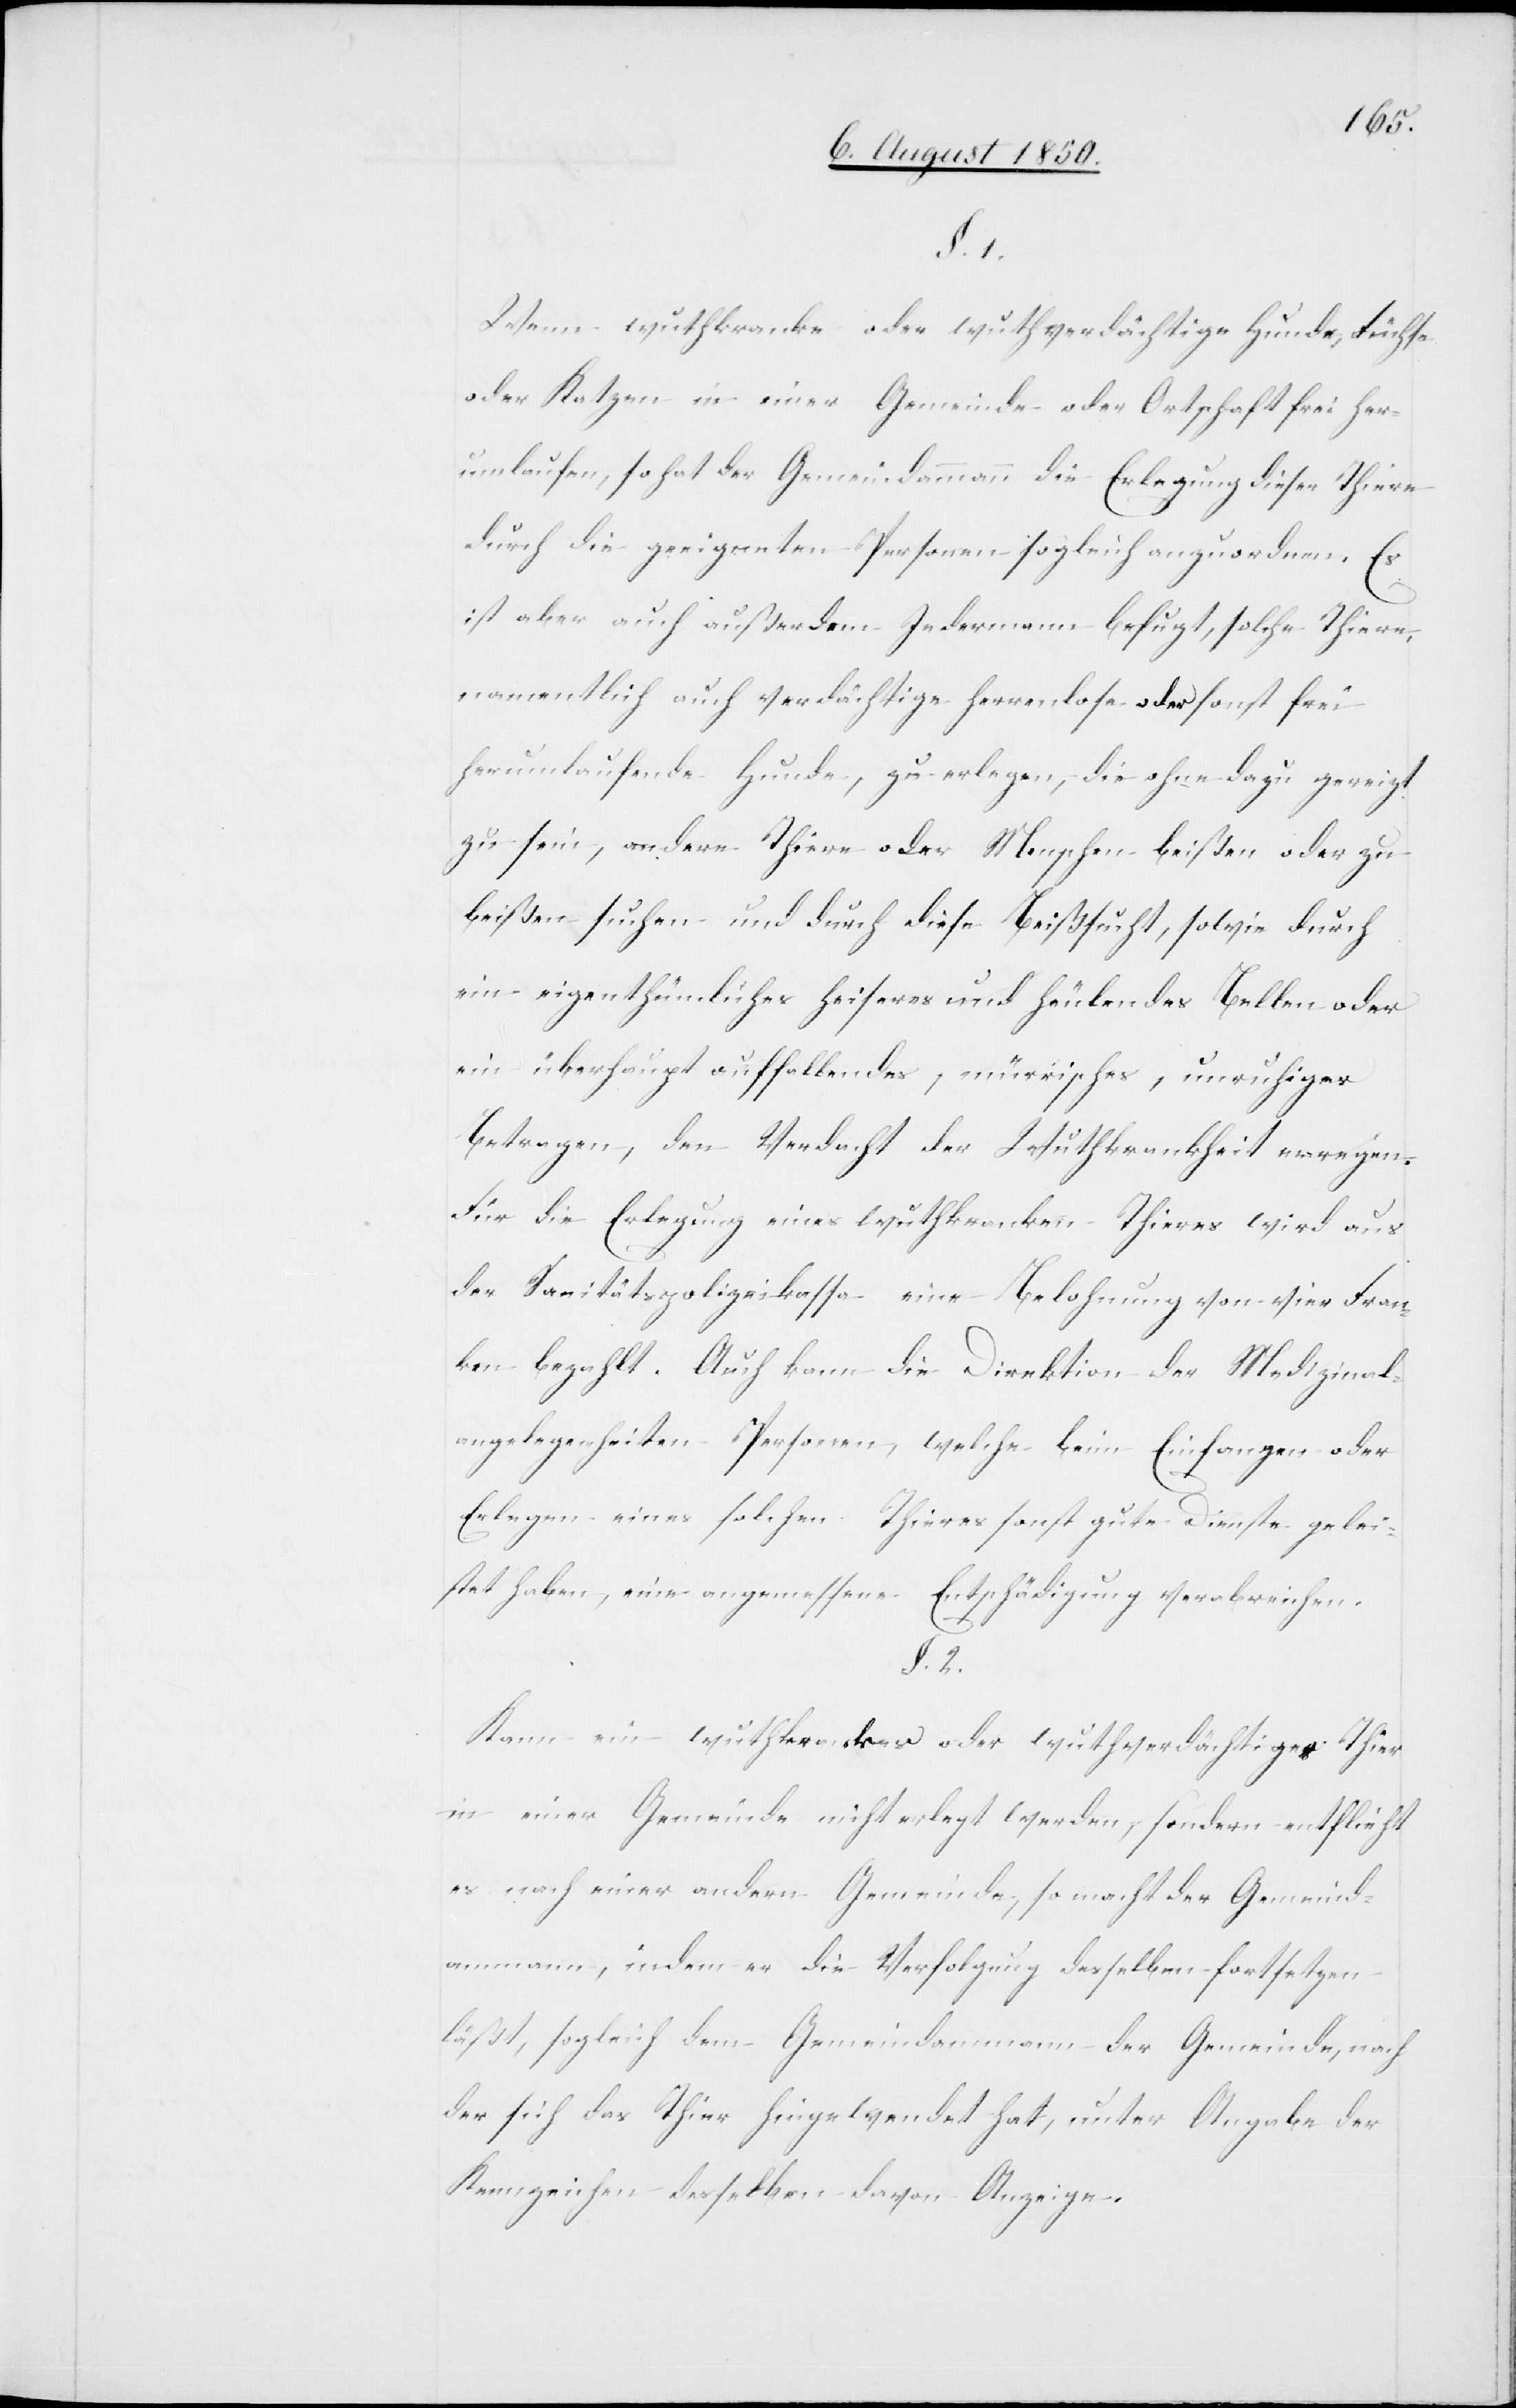
§. 1.
Wenn wuthkranke oder wuthverdächtige Hunde, Füchse
oder Katzen in einer Gemeinde oder Ortschaft frei her¬
umlaufen, so hat der Gemeindammann die Erlegung dieser Thiere
durch die geeigneten Personen sogleich anzuordnen. Es
ist aber auch außerdem Jedermann befugt, solche Thiere,
namentlich auch verdächtige herrenlose oder sonst frei
herumlaufende Hunde, zu erlegen, die ohne dazu gereizt
zu sein, andere Thiere oder Menschen beißen oder zu
beißen suchen und durch diese Beißsucht, sowie durch
ein eigenthümliches heiseres und heulendes Bellen oder
ein überhaupt auffallendes, mürrisches, unruhiges
Betragen, den Verdacht der Wuthkrankheit erregen.
Für die Erlegung eines wuthkranken Thieres wird aus
der Sanitätspolizeikassa eine Belohnung von vier Fran¬
ken bezahlt. Auch kann die Direktion der Medizinal¬
angelegenheiten Personen, welche beim Einfangen oder
Erlegen eines solchen Thieres sonst gute Dienste gelei¬
stet haben, eine angemessene Entschädigung verabreichen.
§. 2.
Kann ein wuthkrankes oder wuthverdächtiges Thier
in einer Gemeinde nicht erlegt werden, sondern entflieht
es nach einer andern Gemeinde, so macht der Gemeind¬
ammann, indem er die Verfolgung desselben fortsetzen
läßt, sogleich dem Gemeindammann der Gemeinde, nach
der sich das Thier hingewendet hat, unter Angabe der
Kennzeichen desselben davon Anzeige.